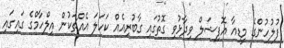
ފުލުހުންގެ މީޑިއާ އޮފިޝަލް ވިދާޅުވި ގޮތުގައި ގާބުރިއެއް ކަހަލަ އެއްޗަކުން އިލްހާމްގެ ގައިގައި